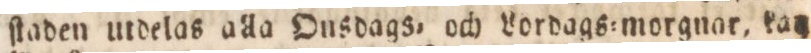
ſtaden utdelas alla Ousdags= och Lordags=morgnar, kan